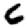
Digit: 6